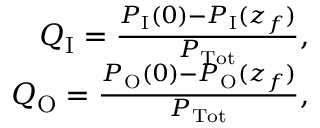
\begin{array} { r } { Q _ { \mathrm { I } } = \frac { P _ { \mathrm { I } } ( 0 ) - P _ { \mathrm { I } } ( z _ { f } ) } { P _ { \mathrm { T o t } } } , } \\ { Q _ { \mathrm { O } } = \frac { P _ { \mathrm { O } } ( 0 ) - P _ { \mathrm { O } } ( z _ { f } ) } { P _ { \mathrm { T o t } } } , } \end{array}